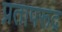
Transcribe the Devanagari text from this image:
प्रतापरूद्र